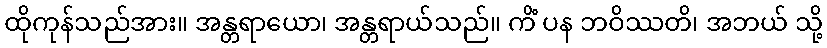
ထိုကုန်သည်အား။ အန္တရာယော၊ အန္တရာယ်သည်။ ကိံ ပန ဘဝိဿတိ၊ အဘယ် သို့